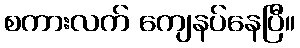
စကားလက် ကျေနပ်နေပြီ။